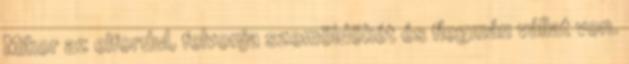
Mikor az elfordul, felvonja szemöldökét és flegmán vállat von.